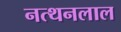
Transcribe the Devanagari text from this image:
नत्थनलाल